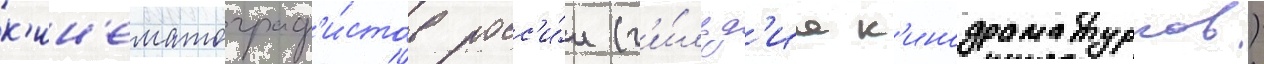
к'ин'ематограф'и́стов росс'и́и (г'и́льд'иа к'инодраматургов)